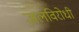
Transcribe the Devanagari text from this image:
जलविरोधी